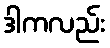
ဒါကလည်း